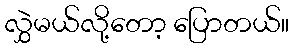
လွှဲမယ်လို့တော့ ပြောတယ်။